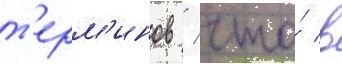
т'ерм'инов / что́ в